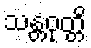
သန္တဝုတ္တိ